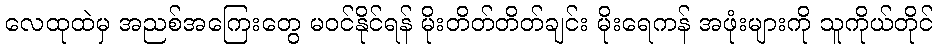
လေထုထဲမှ အညစ်အကြေးတွေ မဝင်နိုင်ရန် မိုးတိတ်တိတ်ချင်း မိုးရေကန် အဖုံးများကို သူကိုယ်တိုင်